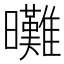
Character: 𣌖